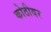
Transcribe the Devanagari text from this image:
कोठीवर